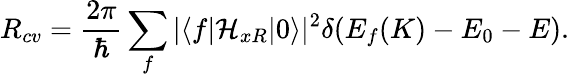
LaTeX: R_{cv}=\frac{2\pi}{\hbar}\sum_{f}|\langle f\vert\mathcal{H}_{xR}\vert 0\rangle|^{2}\delta(E_{f}(K)-E_{0}-E).